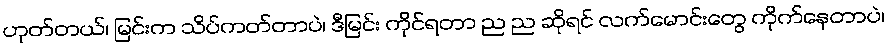
ဟုတ်တယ်၊ မြင်းက သိပ်ကတ်တာပဲ၊ ဒီမြင်း ကိုင်ရတာ ည ည ဆိုရင် လက်မောင်းတွေ ကိုက်နေတာပဲ၊